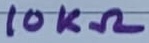
Text: 10KΩ